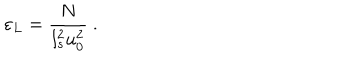
\varepsilon _ { L } = \frac { N } { l _ { s } ^ { 2 } u _ { 0 } ^ { 2 } } \ .